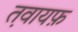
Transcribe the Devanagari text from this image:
त़वायफ़